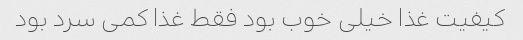
کیفیت غذا خیلی خوب بود فقط غذا کمی سرد بود